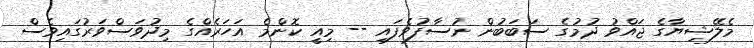
މެލޭޝިޔާގެ ޖައްވު ދުމުގެ ސަބަބުން ނުސާފުވެފައި -- މިއީ ކޮންމެ އަހަރެއްގެ މިދުވަސްވަރުގައިވެސް